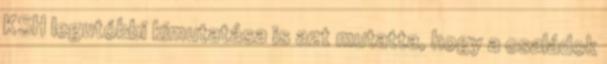
KSH legutóbbi kimutatása is azt mutatta, hogy a családok